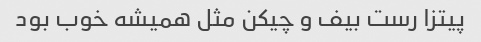
پیتزا رست بیف و چیکن مثل همیشه خوب بود